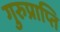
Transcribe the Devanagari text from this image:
गुरुप्राप्ति